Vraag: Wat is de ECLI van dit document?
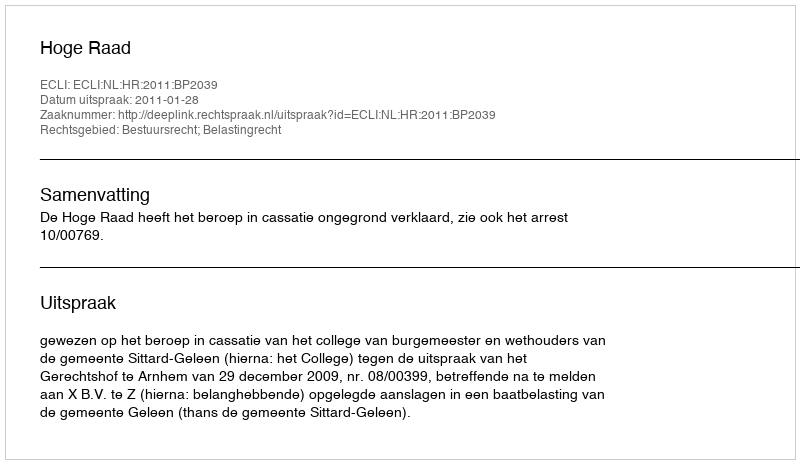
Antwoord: ECLI:NL:HR:2011:BP2039